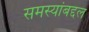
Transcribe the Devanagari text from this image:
समस्यांबद्दल